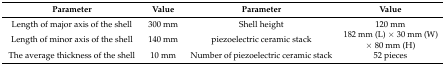
| Parameter | Value | Parameter | Value |
 | --- | --- | --- | --- |
 | Length of major axisof the shell | 300 mm | Shell height | 120 mm |
 | Length of minor axis of the shell | 140 mm | piezoelectricceramic stack | 182 mm (L) × 30 mm (W) × 80 mm (H) |
 | The average thickness of the shell | 10 mm | Number of piezoelectric ceramic stack | 52 pieces |